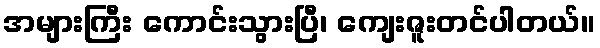
အများကြီး ကောင်းသွားပြီ၊ ကျေးဇူးတင်ပါတယ်။